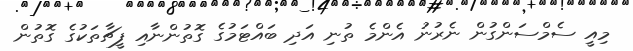
މިއީ ސެމްސަންގުން ނެރުނު އެންމެ ތުނި އަދި ބައްޓަމުގެ ގޮތުންނާއި ފީޗާތަކުގެ ގޮތުން